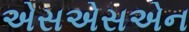
એસએસએન